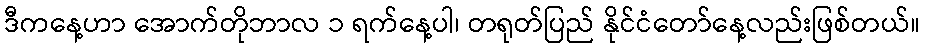
ဒီကနေ့ဟာ အောက်တိုဘာလ ၁ ရက်နေ့ပါ၊ တရုတ်ပြည် နိုင်ငံတော်နေ့လည်းဖြစ်တယ်။